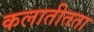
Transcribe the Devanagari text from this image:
कलातीतता